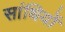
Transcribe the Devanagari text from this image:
सांधियों